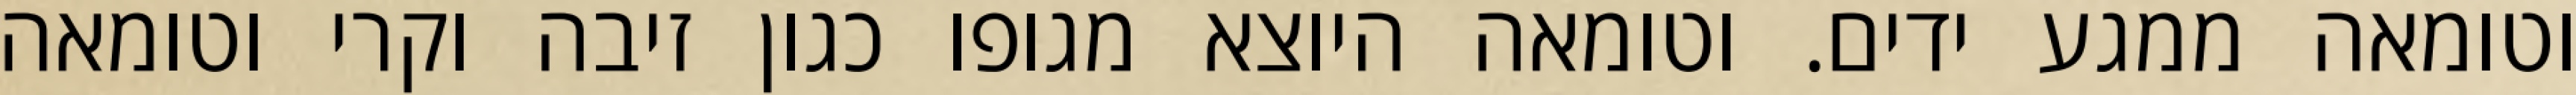
וטומאה ממגע ידים. וטומאה היוצא מגופו כגון זיבה וקרי וטומאה